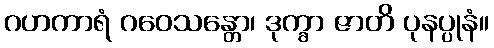
ဂဟကာရံ ဂဝေသန္တော၊ ဒုက္ခာ ဇာတိ ပုနပ္ပုနံ။